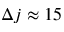
\Delta j \approx 1 5